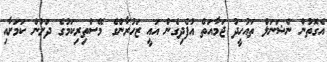
އެގޮތުން ނެޝަނަލް ތައުހީދު ޖަމާއަތް އުފެދިގެން އައީ ޒަހުރާންގެ މޭސްތިރިކަމުގެ ދަށުން ކަމަށާއި